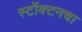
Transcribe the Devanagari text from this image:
स्टॉक्टनचा